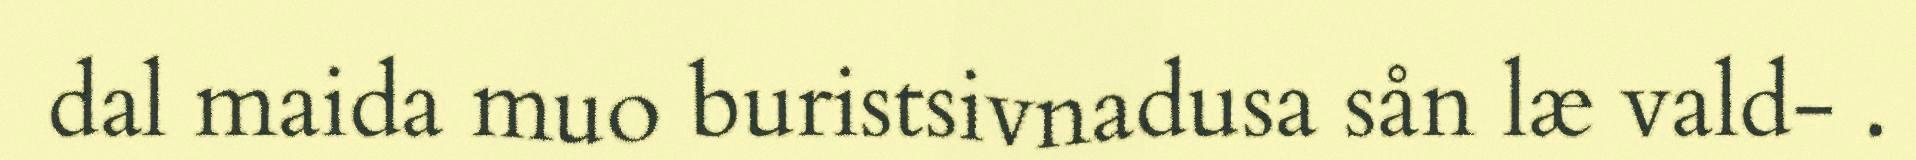
dal maida muo buristsivnadusa sån læ vald- .